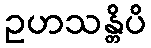
ဥဟသန္တိပိ